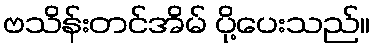
ဗသိန်းတင်အိမ် ပို့ပေးသည်။